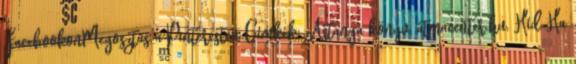
FacebookonMegosztás a Pinteresten Címkék: Astanga könyv, atmacenter.hu, Híd Ha